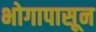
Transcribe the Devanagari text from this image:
भोगापासून